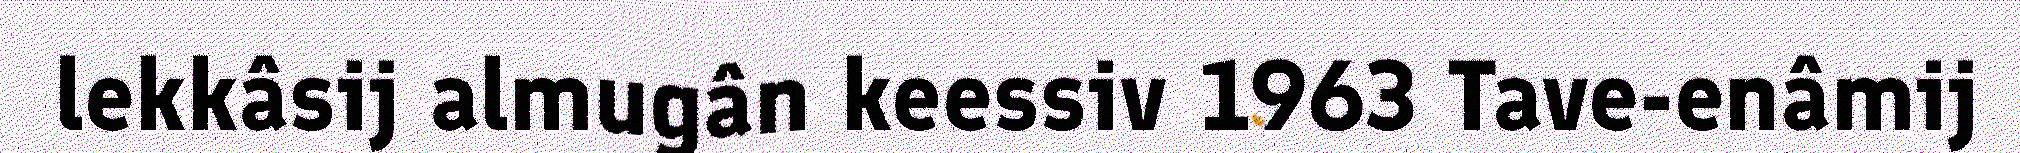
lekkâsij almugân keessiv 1963 Tave-enâmij